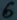
Text: 6